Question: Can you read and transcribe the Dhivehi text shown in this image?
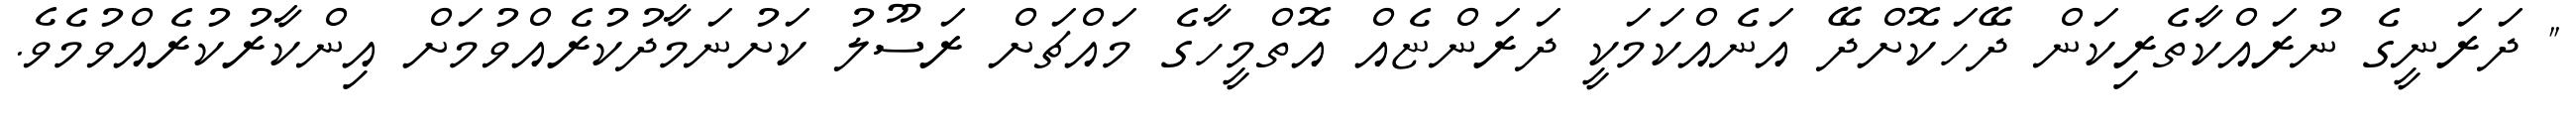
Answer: " ދަރަނީގެ ނުރައްކާތެރިކަން ދޭހަކޮށްދޭ އަނެއްކަމަކީ ދަރަންޏެއް އޮތްމީހާގެ މައްޗަށް ރަސޫލު ކަށުނަމާދުކުރެއްވުމަށް އިންކާރުކުރެއްވުމެވެ.